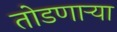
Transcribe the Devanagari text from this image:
तोडणाऱ्या